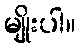
မျိုးပါ။